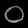
Digit: ၀